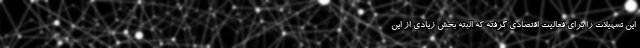
این تسهیلات را برای فعالیت اقتصادی گرفته که البته بخش زیادی از این